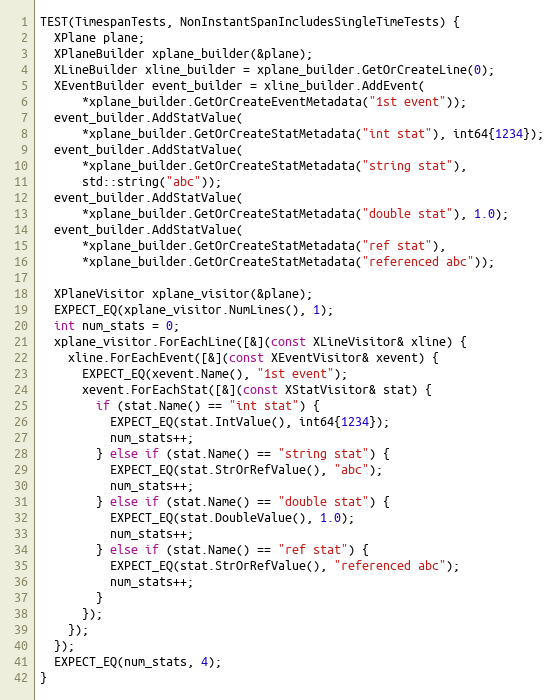
Language: C++
TEST(TimespanTests, NonInstantSpanIncludesSingleTimeTests) {
  XPlane plane;
  XPlaneBuilder xplane_builder(&plane);
  XLineBuilder xline_builder = xplane_builder.GetOrCreateLine(0);
  XEventBuilder event_builder = xline_builder.AddEvent(
      *xplane_builder.GetOrCreateEventMetadata("1st event"));
  event_builder.AddStatValue(
      *xplane_builder.GetOrCreateStatMetadata("int stat"), int64{1234});
  event_builder.AddStatValue(
      *xplane_builder.GetOrCreateStatMetadata("string stat"),
      std::string("abc"));
  event_builder.AddStatValue(
      *xplane_builder.GetOrCreateStatMetadata("double stat"), 1.0);
  event_builder.AddStatValue(
      *xplane_builder.GetOrCreateStatMetadata("ref stat"),
      *xplane_builder.GetOrCreateStatMetadata("referenced abc"));

  XPlaneVisitor xplane_visitor(&plane);
  EXPECT_EQ(xplane_visitor.NumLines(), 1);
  int num_stats = 0;
  xplane_visitor.ForEachLine([&](const XLineVisitor& xline) {
    xline.ForEachEvent([&](const XEventVisitor& xevent) {
      EXPECT_EQ(xevent.Name(), "1st event");
      xevent.ForEachStat([&](const XStatVisitor& stat) {
        if (stat.Name() == "int stat") {
          EXPECT_EQ(stat.IntValue(), int64{1234});
          num_stats++;
        } else if (stat.Name() == "string stat") {
          EXPECT_EQ(stat.StrOrRefValue(), "abc");
          num_stats++;
        } else if (stat.Name() == "double stat") {
          EXPECT_EQ(stat.DoubleValue(), 1.0);
          num_stats++;
        } else if (stat.Name() == "ref stat") {
          EXPECT_EQ(stat.StrOrRefValue(), "referenced abc");
          num_stats++;
        }
      });
    });
  });
  EXPECT_EQ(num_stats, 4);
}